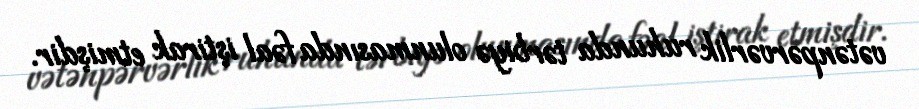
vətənpərvərlik ruhunda tərbiyə olunmasında fəal iştirak etmişdir.